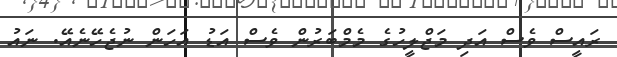
ރައީސް ވެސް އަދި މަޖްލީހުގެ މެމްބަރުން ވެސް އަޑު އަހަން ނުޖެހޭނެއޭ. ނައު